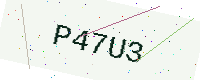
Text: P47U3